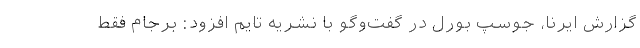
گزارش ایرنا، جوسپ بورل در گفت‌وگو با نشریه تایم افزود: برجام فقط